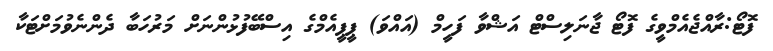
ފޮޓޯ:ރާއްޖެއެމްވީގެ ފޮޓޯ ޖާނަލިސްޓް އަޝްވާ ފަހީމް (އައްވަ) ޕީޕީއެމްގެ އިސްބޭފުޅުންނަށް މަރުހަބާ ދެންނެވުމަށްޓަކާ